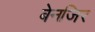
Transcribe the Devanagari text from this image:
बेनजिर